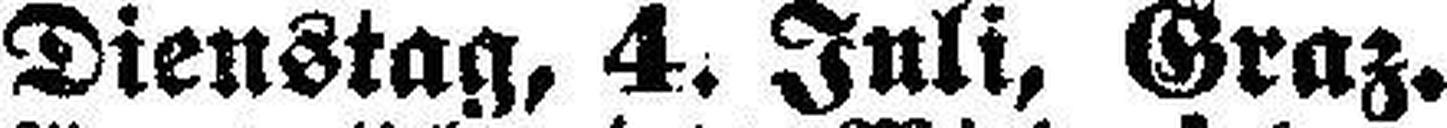
Dienstag, 4. Juli, Graz.